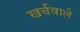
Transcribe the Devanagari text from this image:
खर्चवाले